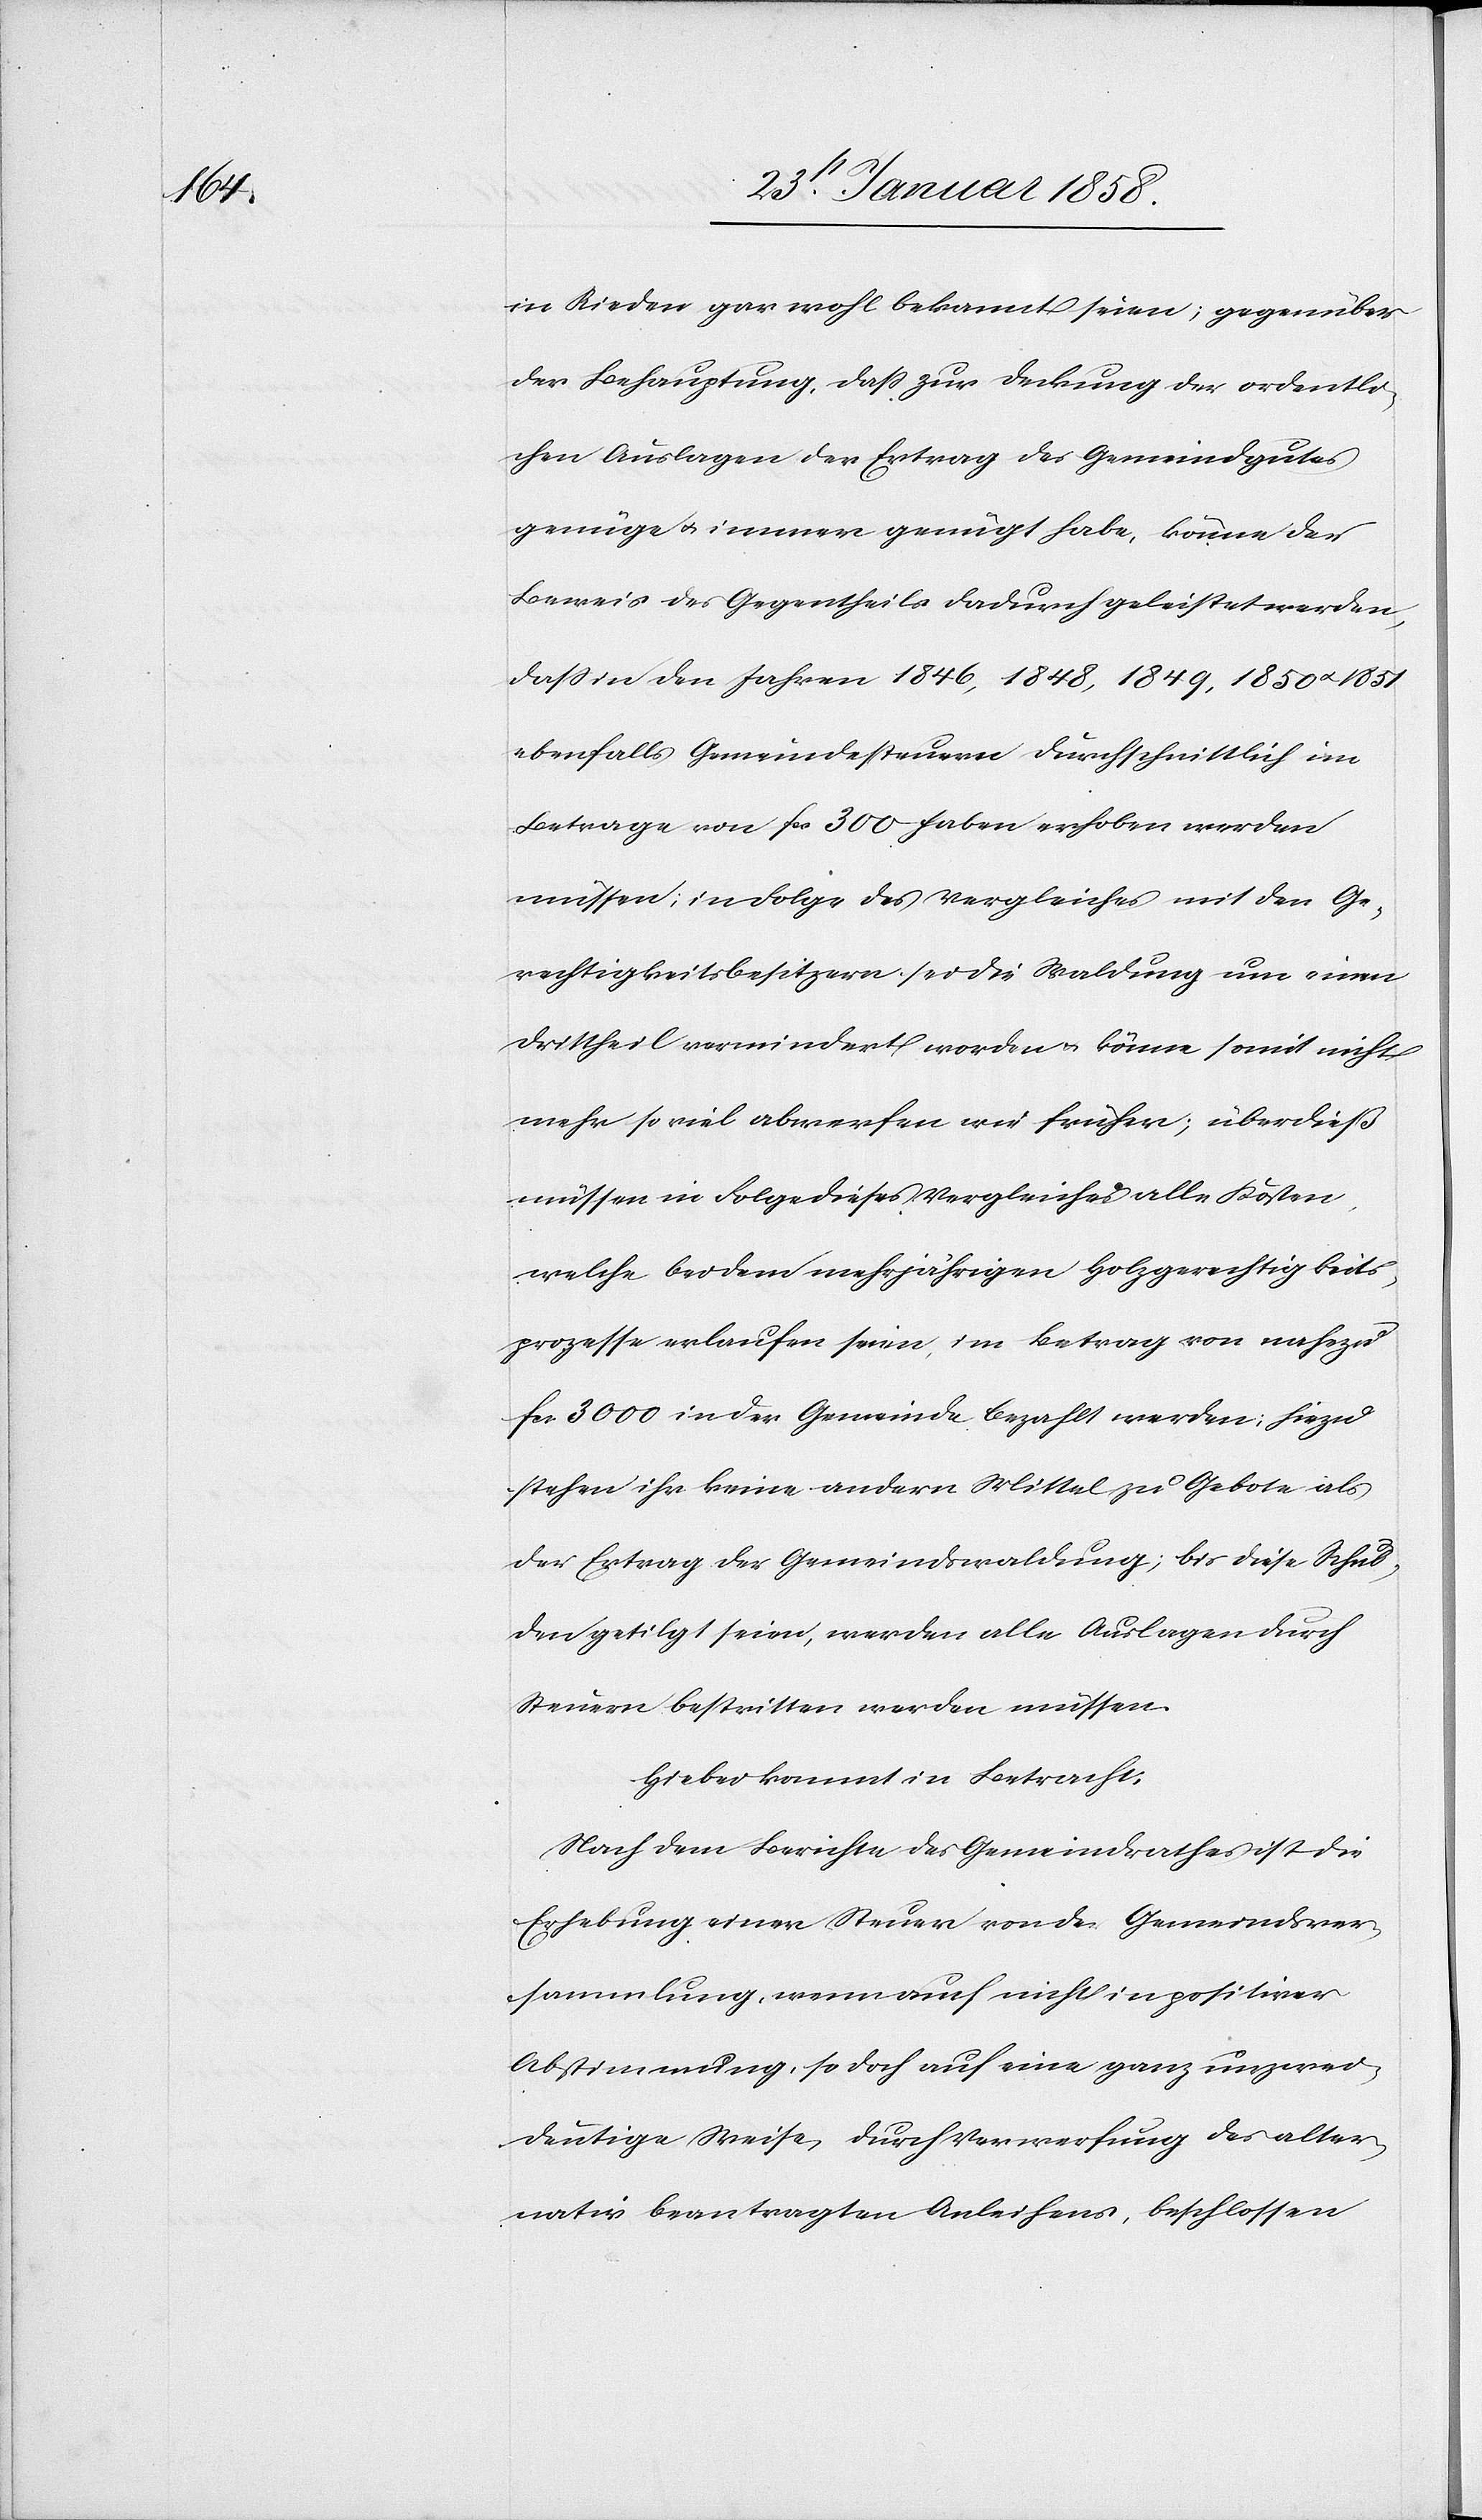
in Rieden gar wohl bekannt seien; gegenüber
der Behauptung, daß zur Deckung der ordentli¬
chen Auslagen der Ertrag des Gemeindgutes
genüge u. immer genügt habe, könne der
Beweis des Gegentheils dadurch geleistet werden,
daß in den Jahren 1846, 1848, 1849, 1850 u. 1851
ebenfalls Gemeindesteuern durchschnittlich im
Betrage von fr 300 haben erhoben werden
müssen; in Folge des Vergleiches mit den Ge¬
rechtigkeitsbesitzern, sei die Waldung um einen
Drittheil vermindert worden u. könne somit nicht
mehr so viel abwerfen wie früher; überdieß
müssen in Folge dieses Vergleiches alle Kosten,
welche bei dem mehrjährigen Holzgerechtigkeits¬
prozesse erlaufen seien, im Betrag von nahezu
fcs. 3000 in der Gemeinde bezahlt werden; hiezu
stehen ihr keine andern Mittel zu Gebote als
der Ertrag der Gemeindswaldung; bis diese Schul¬
den getilgt seien, werden alle Auslagen durch
Steuern bestritten werden müssen.
Hiebei kommt in Betracht:
Nach dem Berichte des Gemeindrathes ist die
Erhebung einer Steuer von der Gemeindsver¬
sammlung, wenn auch nicht in positiver
Abstimmung, so doch auf eine ganz unzwei¬
deutige Weise, durch Vorwerfung des alter¬
nativ beantragten Anleihens, beschlossen